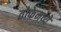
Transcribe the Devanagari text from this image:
तोफेमध्ये